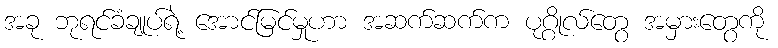
အခု ဘုရင်ခံချုပ်ရဲ့ အောင်မြင်မှုဟာ အဆက်ဆက်က ပုဂ္ဂိုလ်တွေ အမှားတွေကို